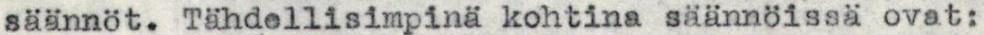
säännöt. Tähdellisimpinä kohtina säännöissä ovat: